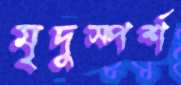
মৃদুস্পর্শ